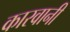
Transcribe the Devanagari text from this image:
कारवानी